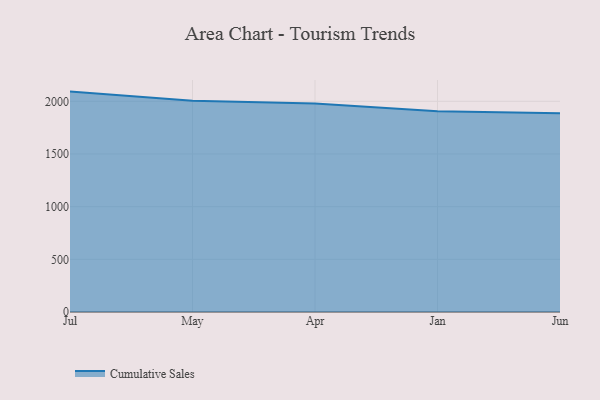
{"axis": {"x": "Month", "y": "Shipments"}, "legend": ["Cumulative Sales"], "data": [{"x": "Jul", "y": 2092.1, "type": "Cumulative Sales"}, {"x": "May", "y": 2005.1, "type": "Cumulative Sales"}, {"x": "Apr", "y": 1980.2, "type": "Cumulative Sales"}, {"x": "Jan", "y": 1905.8, "type": "Cumulative Sales"}, {"x": "Jun", "y": 1886.4, "type": "Cumulative Sales"}]}